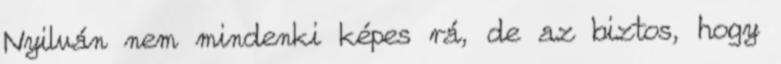
Nyilván nem mindenki képes rá, de az biztos, hogy